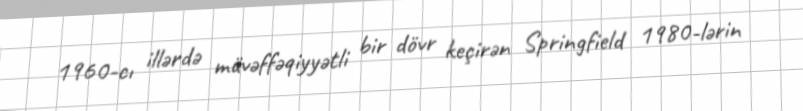
1960-cı illərdə müvəffəqiyyətli bir dövr keçirən Springfield 1980-lərin